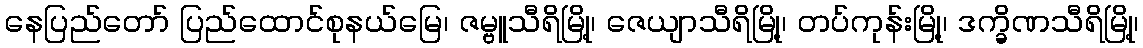
နေပြည်တော် ပြည်ထောင်စုနယ်မြေ၊ ဇမ္ဗူသီရိမြို့၊ ဇေယျာသီရိမြို့၊ တပ်ကုန်းမြို့၊ ဒက္ခိဏသီရိမြို့၊